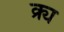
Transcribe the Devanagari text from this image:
क्र्य